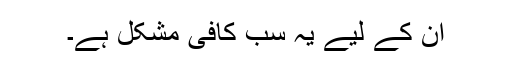
ان کے لیے یہ سب کافی مشکل ہے۔